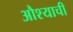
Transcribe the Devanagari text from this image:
औश्याची